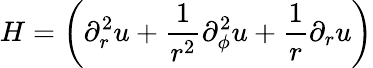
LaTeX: H=\left(\partial_{r}^{2}u+\frac{1}{r^{2}}\partial_{\phi}^{2}u+\frac{1}{r}\partial_{r}u\right)